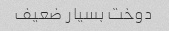
دوخت بسیار ضعیف